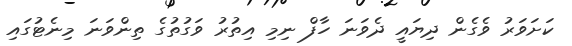
ކަށަވަރު ވެގެން ދިޔައީ ދެވަނަ ހާފް ނިމި އިތުރު ވަގުތުގެ ތިންވަނަ މިނެޓުގައި